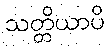
သတ္တိယာပိ